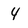
Character: 4